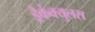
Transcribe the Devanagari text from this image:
ड्रैकंक्युलस